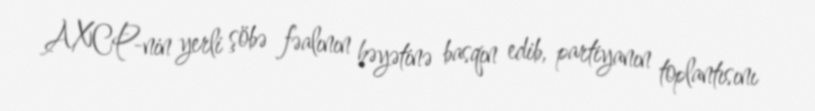
AXCP-nin yerli şöbə fəalının həyətinə basqın edib, partiyanın toplantısını